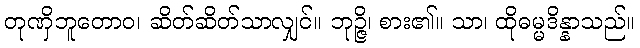
တုဏှိဘူတောဝ၊ ဆိတ်ဆိတ်သာလျှင်။ ဘုဉ္ဇိ၊ စား၏။ သာ၊ ထိုဓမ္မဒိန္နာသည်။